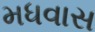
મધવાસ